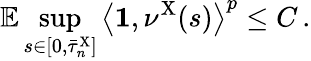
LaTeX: \mathbb{E}\operatorname*{sup}_{s\in[0,\bar{\tau}_{n}^{\mathrm{X}}]}\left\langle\mathbf{1},\nu^{\mathrm{X}}(s)\right\rangle^{p}\leq C\, .